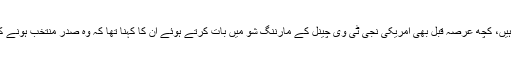
ڈونلڈ ٹرمپ مسلمانوں کے خلاف اکثر وبیشتر متنازع بیانات دیتے رہتے ہیں، کچھ عرصہ قبل بھی امریکی نجی ٹی وی چینل کے مارننگ شو میں بات کرتے ہوئے ان کا کہنا تھا کہ وہ صدر منتخب ہونے کے بعد امریکا میں تمام مساجد بند کرنے کے احکامات جاری کریں گے۔